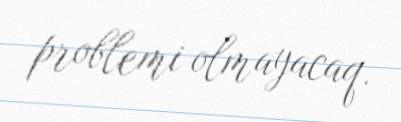
problemi olmayacaq.